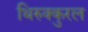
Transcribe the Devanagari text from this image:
थिरुक्कुरल